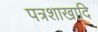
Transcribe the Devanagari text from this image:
पत्रशाखादि